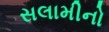
સલામીનો